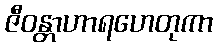
ဇီဝန္တာဟာရဟေတုကာ